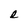
Character: e